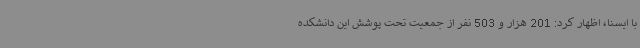
با ایسنا، اظهار کرد: 201 هزار و 503 نفر از جمعیت تحت پوشش این دانشکده